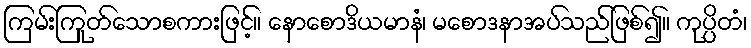
ကြမ်းကြုတ်သောစကားဖြင့်။ နောစောဒိယမာနံ၊ မစောဒနာအပ်သည်ဖြစ်၍။ ကုပ္ပိတံ၊